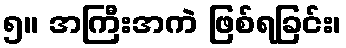
၅။ အကြီးအကဲ ဖြစ်ရခြင်း၊